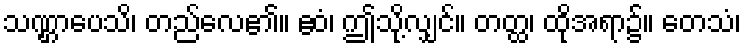
သဏ္ဌာပေသိ၊ တည်လေ၏။ ဧဝံ၊ ဤသို့လျှင်။ တတ္ထ၊ ထိုအရာ၌။ တေသံ၊